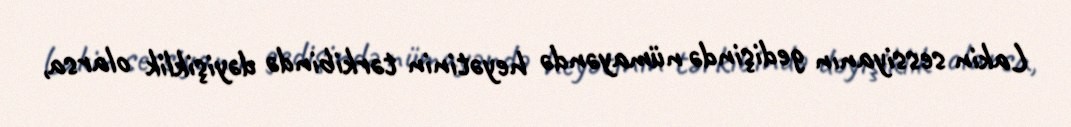
Lakin sessiyanın gedişində nümayəndə heyətinin tərkibində dəyişiklik olarsa,